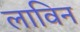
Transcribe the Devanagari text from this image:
लाविन